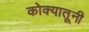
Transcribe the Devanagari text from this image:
कोक्यातूनी